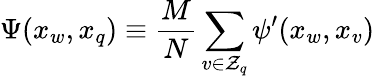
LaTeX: \Psi(x_{w},x_{q})\equiv\frac{M}{N}\sum_{v\in\mathcal{Z}_{q}}\psi^{\prime}(x_{w},x_{v})